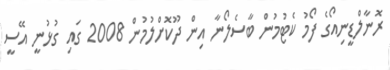
ރޮނާލްޑީނިއޯގެ ފޯމު ކެޓުމުން ބާސެލޯނާ އިން ދޫކޮށްލުމުން 2008 ގައި ގުޅުނީ އޭސީ